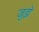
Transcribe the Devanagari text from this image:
जुझे